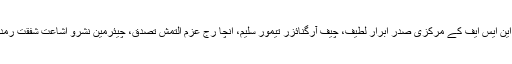
ریلی بازار کا چکر لگا کر بازار کے مرکزی چوک میں پہنچی تو وہاں جلسہ کیا گیا جلسے سے خطاب جے این ایس ایف کے مرکزی صدر ابرار لطیف، چیف آرگنائزر تیمور سلیم، انچا رج عزم التمش تصدق، چیئرمین نشرو اشاعت شفقت رمدان، پی ٹی یو ڈی سی کے رہنما خلیل بابر، جے کے این ایس جامع پونچھ کے رہنما مجیب اور عمیر نے کیا۔